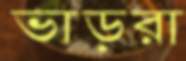
ভাড়রা